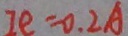
I e = 0 . 2 A